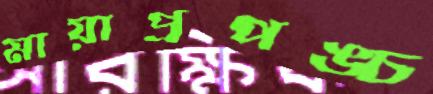
মায়াপ্রপঙ্চ